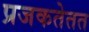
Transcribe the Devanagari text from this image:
प्रजकतेतत